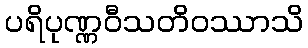
ပရိပုဏ္ဏဝီသတိဝဿာသိ